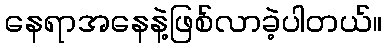
နေရာအနေနဲ့ဖြစ်လာခဲ့ပါတယ်။